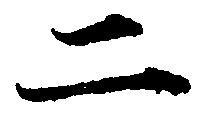
二